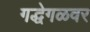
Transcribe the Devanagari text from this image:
गद्धेगळवर